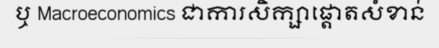
ឬ Macroeconomics ជាការសិក្សាផ្តោតសំខាន់